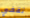
تقفي